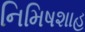
નિમિષશાહ